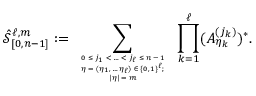
\hat { \mathcal { S } } _ { [ 0 , n - 1 ] } ^ { \ell , m } : = \sum _ { \tiny \begin{array} { c } { 0 \leq j _ { 1 } < \ldots < j _ { \ell } \leq n - 1 } \\ { \eta = ( \eta _ { 1 } , \ldots \eta _ { \ell } ) \in \{ 0 , 1 \} ^ { \ell } ; } \\ { | \eta | = m } \end{array} } \, \prod _ { k = 1 } ^ { \ell } ( A _ { \eta _ { k } } ^ { ( j _ { k } ) } ) ^ { * } .